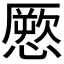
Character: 憠